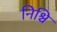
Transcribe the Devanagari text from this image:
निश्चि